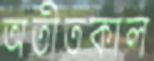
অতীতকাল